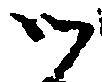
御